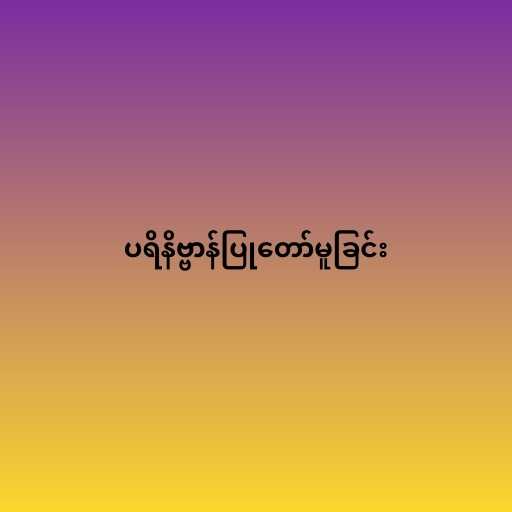
ပရိနိဗ္ဗာန်ပြုတော်မူခြင်း